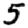
Digit: 5